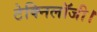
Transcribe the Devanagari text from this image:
टेक्निलॉजी।